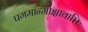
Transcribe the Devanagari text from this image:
पगमान्मोक्षावाप्तिः